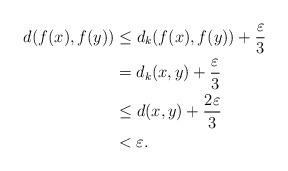
LaTeX: \begin{align*}d(f(x),f(y))&\leq d_k(f(x),f(y))+\frac{\varepsilon}{3}\\&=d_k(x,y)+\frac{\varepsilon}{3}\\&\leq d(x,y)+\frac{2\varepsilon}{3}\\&<\varepsilon.\end{align*}